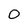
Character: O